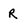
Character: R